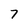
Character: 7